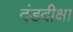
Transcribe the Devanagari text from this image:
दंडदीक्षा